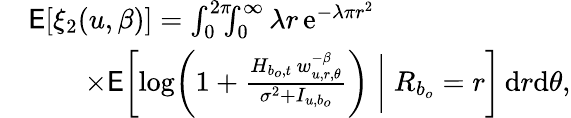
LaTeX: \begin{array}{rl}&{\mathsf{E}[\xi_{2}(u,\beta)]=\int_{0}^{2\pi}\! \! \! \int_{0}^{\infty}\lambda r\, \mathrm{e}^{-\lambda\pi r^{2}}\, }\\ &{\qquad\mathrm\times\mathsf{E}\biggl[\log\biggl(1+\frac{H_{b_{o},t}\, w_{u,r,\theta}^{-\beta}}{\sigma^{2}+I_{u,b_{o}}}\biggr)\biggm|R_{b_{o}}=r\biggr]\, \mathrm{d}r\mathrm{d}\theta,}\end{array}